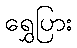
ရွှေပြား